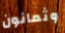
وثمانون